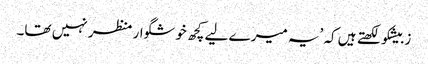
زبیشکو لکھتے ہیں کہ ’یہ میرے لیے کچھ خوشگوار منظر نہیں تھا۔